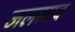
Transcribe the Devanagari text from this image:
जलस्राव